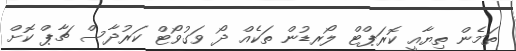
ތަމެން ތިޔާއީ ކޮރަޕްޓް ލޯރޑުން ތަކެއް ދޯ ވަގުވޯޓް ކަރުދާސް ޗާޕް ކޮށް